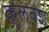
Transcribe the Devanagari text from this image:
कुलवंश